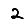
Digit: 2